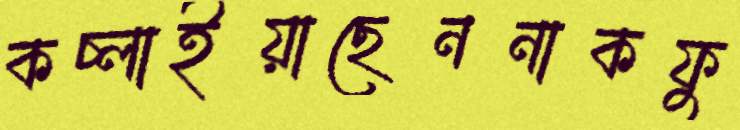
কচ্‌লাইয়াছেননাকফু